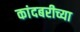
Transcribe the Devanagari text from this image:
कांदबरीच्या